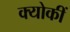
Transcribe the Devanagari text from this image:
क्योकीं